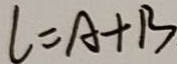
l = A + B